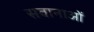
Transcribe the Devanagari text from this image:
सवानाओं